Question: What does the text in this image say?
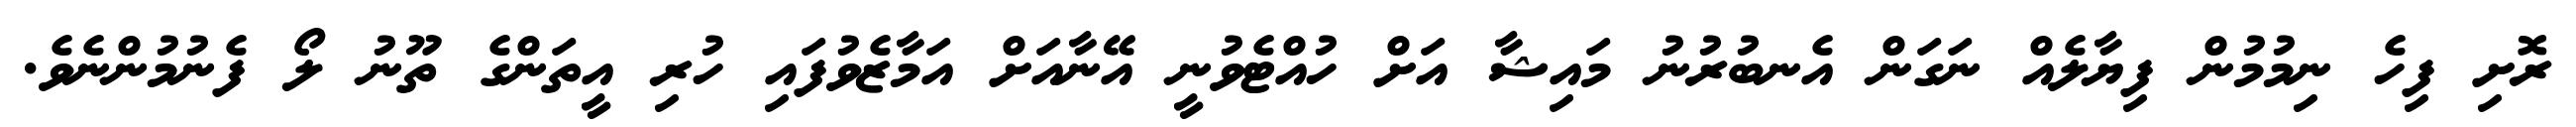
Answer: ރޮށި ފިހެ ނިމުމުން ފިޔާލެއް ނަގަން އެނބުރުނު މައިޝާ އަށް ހުއްޓެވުނީ އޭނާއަށް އަމާޒެވުފައި ހުރި އީތަންގެ ތޫނު ލޯ ފެނުމުންނެވެ.